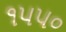
૧૫૫૦